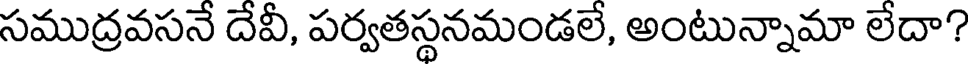
సముద్రవసనే దేవీ, పర్వతస్థనమండలే, అంటున్నామా లేదా?